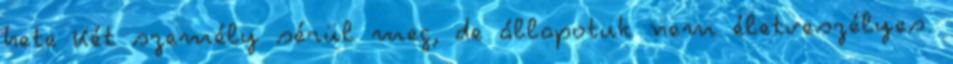
hete Két személy sérül meg, de állapotuk nem életveszélyes.